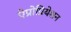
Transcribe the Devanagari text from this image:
ऐप्रोप्रियेशन